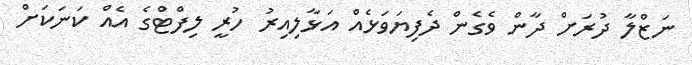
ނަޒްލާ ދުރަށް ދާން ވެގެން ދެފިޔަވަޅެއް އަޅާލިއިރު ހުރީ ލިފްޓްގެ އެއް ކަނަކަށް